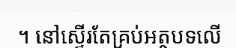
។ នៅស្ទើរតែគ្រប់អត្ថបទលើ